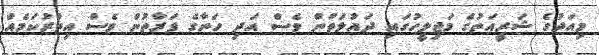
މިއަދުގެ ޝަރީއަތުގެ މަޖިލީހުގައި ދައުލަތުން ވެސް އަދި ހަނާގެ ފަރާތުން ވެސް އިތުރުކަމެއް